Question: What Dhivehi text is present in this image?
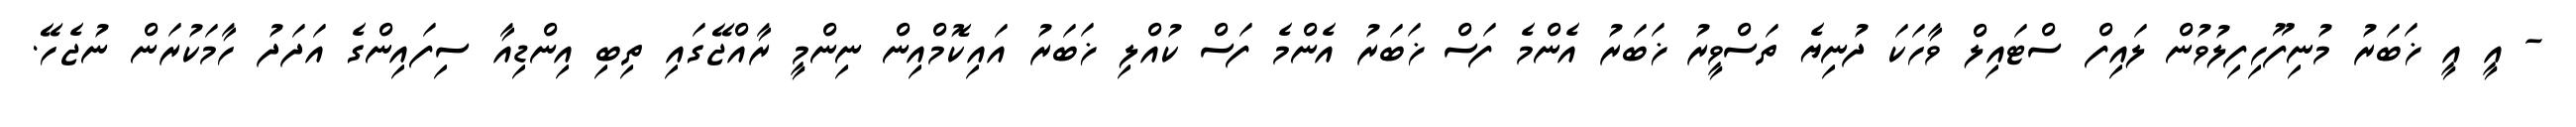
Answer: - އީ އީ ޚަބަރު މުނިފޫހިފިލުވުން ލައިފް ސްޓައިލް ވާހަކަ ދުނިޔެ ތަސްވީރު ޚަބަރު އެންމެ ފަސް ޚަބަރު އެންމެ ފަސް ކުއްލި ޚަބަރު އައިކޮމްއިން ނިންމީ ރާއްޖޭގައި ތިބި އިންޑިއާ ސިފައިންގެ އަދަދު ހާމަކުރަން ނުޖެހޭ.